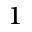
^ 1